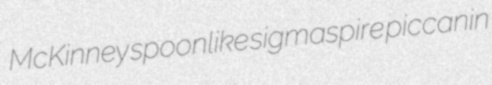
McKinney spoonlike sigmaspire piccanin